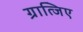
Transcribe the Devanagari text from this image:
ग्रात्जिए